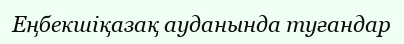
Еңбекшіқазақ ауданында туғандар